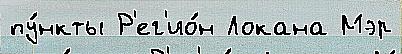
пу́нкты Р'ег'ио́н Локана Мэр